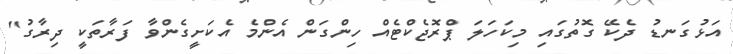
އަޅުގަނޑު ދެކޭ ގޮތުގައި މިކަހަލަ ޕްރޮޖެކްޓެއް ހިންގަން އެންމެ އެކަށީގެންވާ ފަރާތަކީ ދިރާގު"